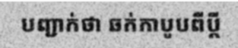
បញ្ជាក់ថា ឆក់កាបូបពីប្តី